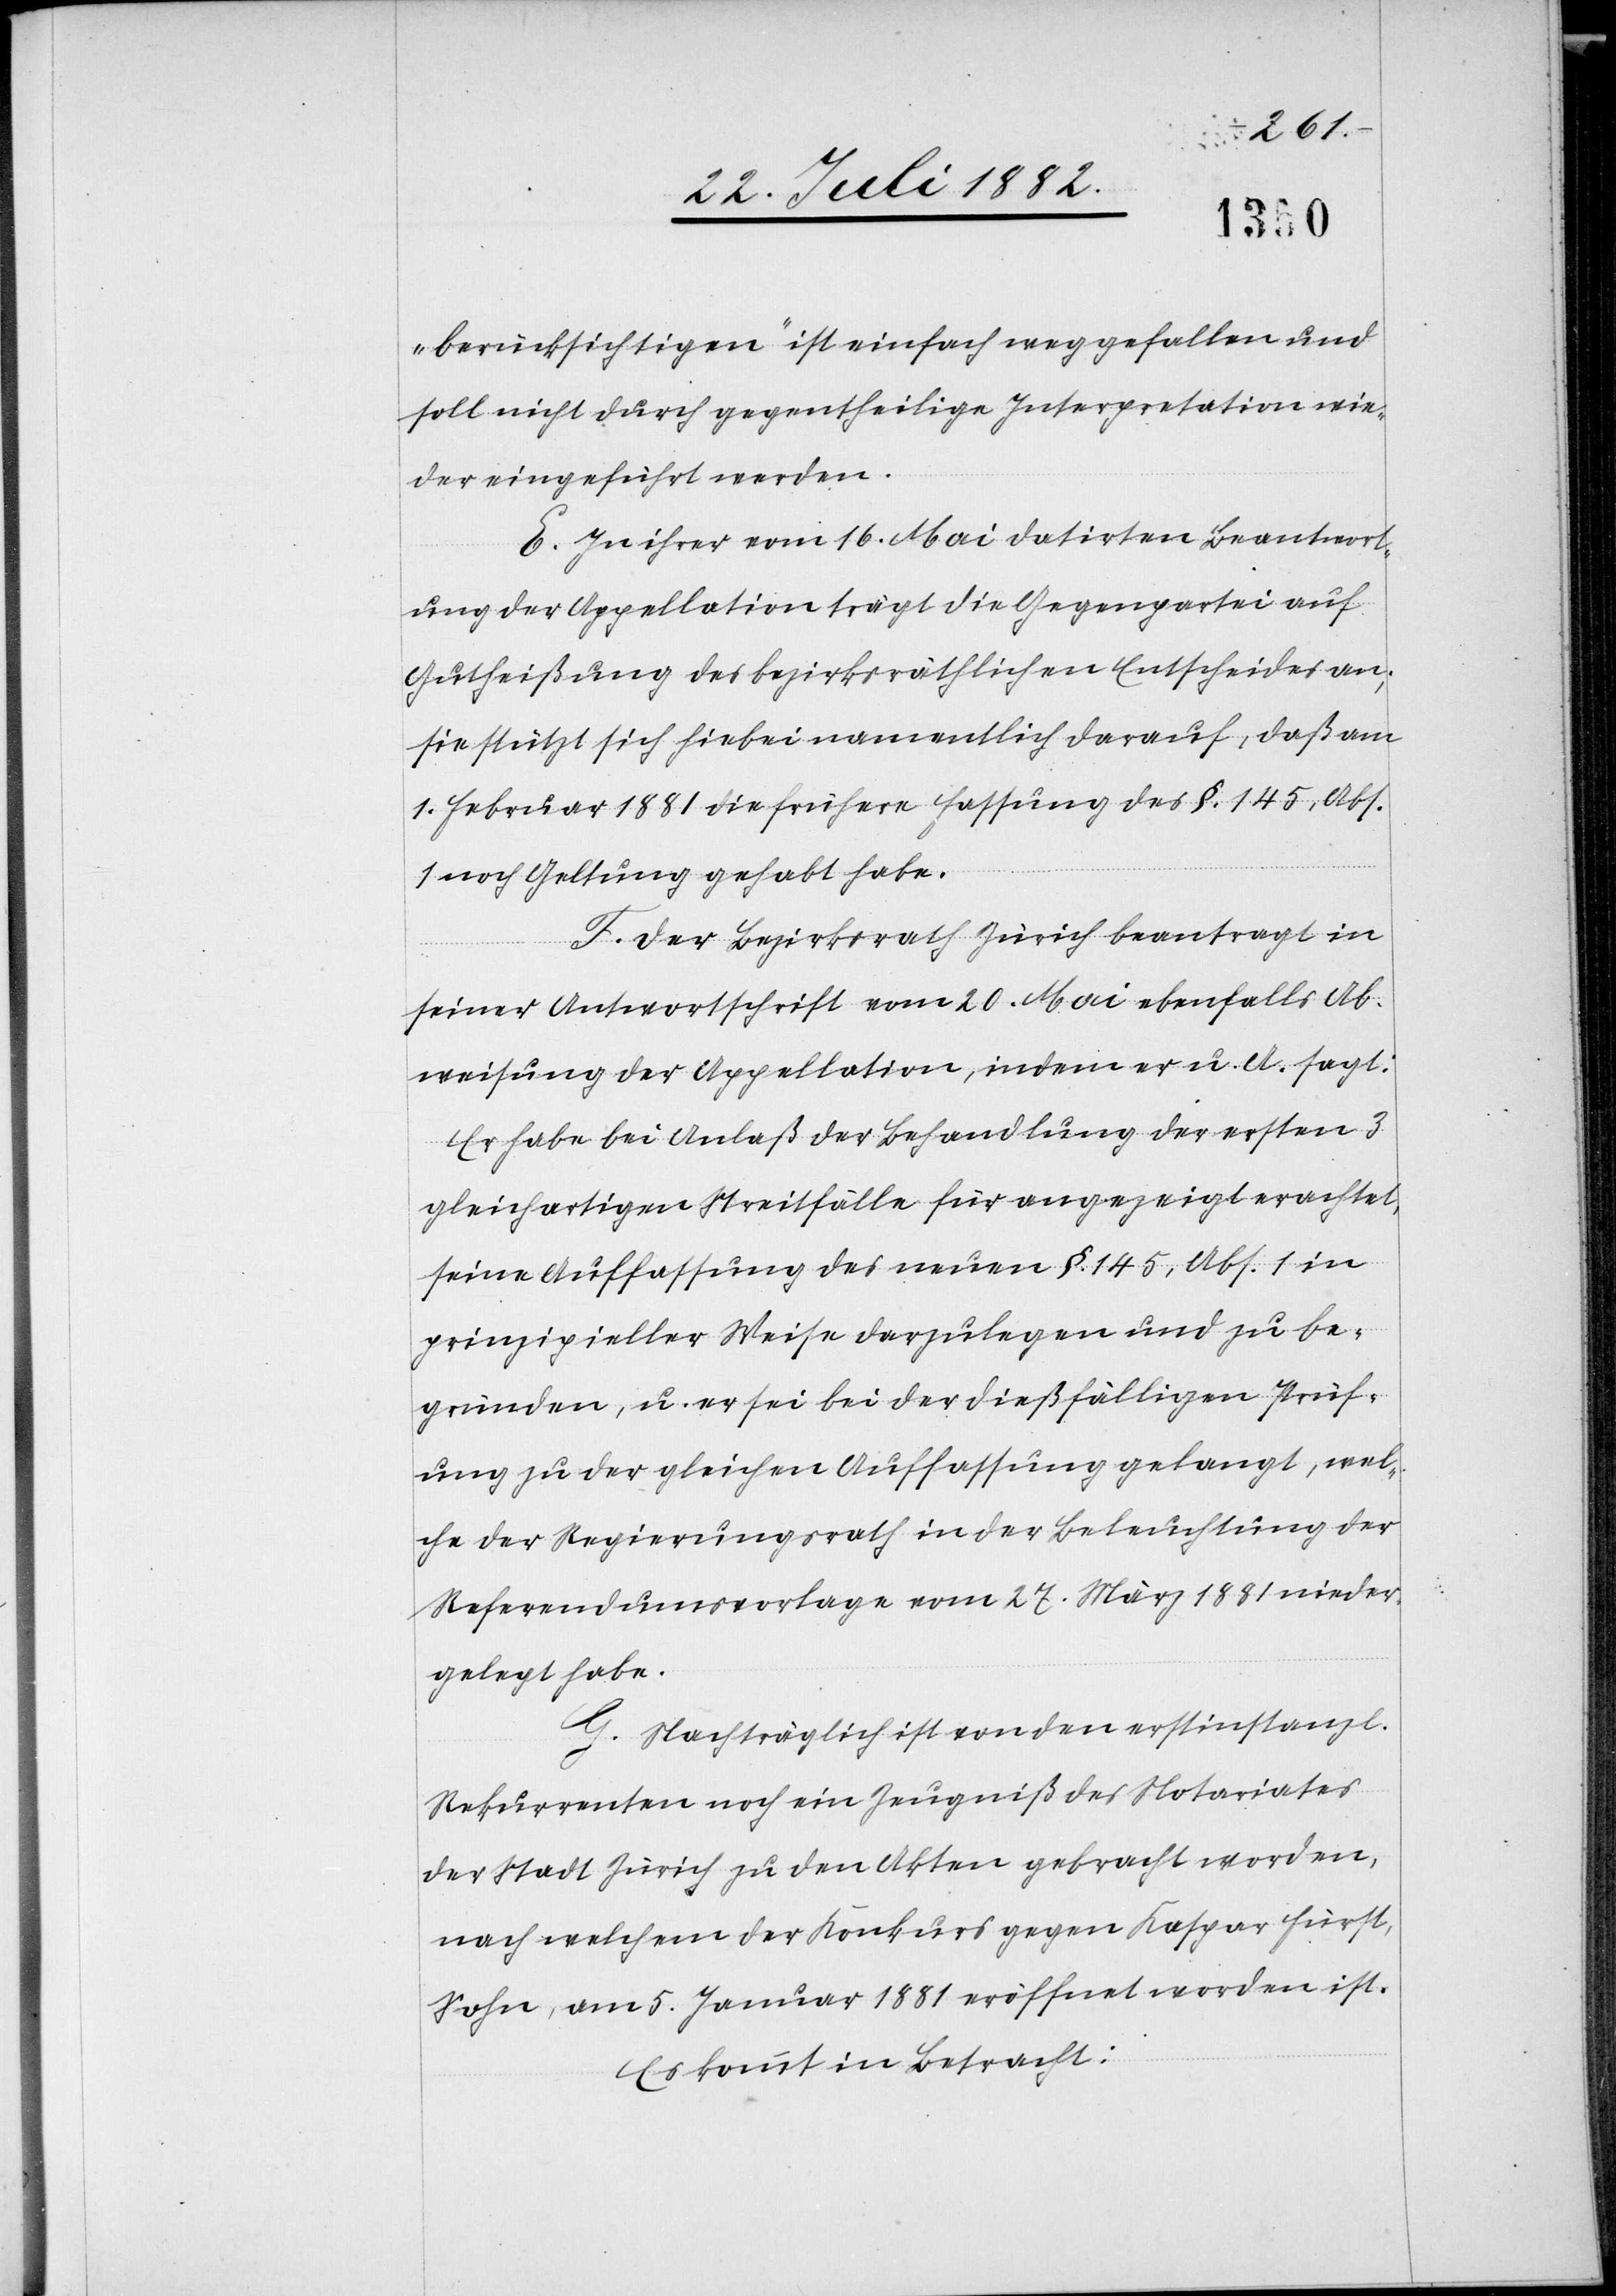
berücksichtigen“ [sic!] ist einfach weggefallen und
soll nicht durch gegentheilige Interpretation wie¬
der eingeführt werden.
E. In ihrer vom 16. Mai datirten Beantwort¬
ung der Appellation trägt die Gegenpartei auf
Gutheißung des bezirksräthlichen Entscheides an;
sie stützt sich hiebei namentlich darauf, daß am
1. Februar 1881 die frühere Fassung des §. 145, Abs.
noch Geltung gehabt habe.
F. Der Bezirksrath Zürich beantragt in
seiner Antwortschrift vom 20. Mai ebenfalls Ab¬
weisung der Appellation, indem er u. A. sagt:
Er habe bei Anlaß der Behandlung der ersten 3
gleichartigen Streitfälle für angezeigt erachtet,
seine Auffassung des neuen §. 145, Abs. 1 in
prinzipieller Weise darzulegen und zu be¬
gründen, u. er sei bei der dießfälligen Prüf¬
ung zu der gleichen Auffassung gelangt, wel¬
che der Regierungsrath in der Beleuchtung der
Referendumsvorlage vom 27. März 1881 nieder¬
gelegt habe.
G. Nachträglich ist von den erstinstanzl.
Rekurrenten noch ein Zeugniß des Notariates
der Stadt Zürich zu den Akten gebracht worden,
nach welchem der Konkurs gegen Kaspar Fürst,
Sohn, am 5. Januar 1881 eröffnet worden ist.
Es kommt in Betracht: